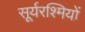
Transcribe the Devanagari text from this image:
सूर्यरश्मियों